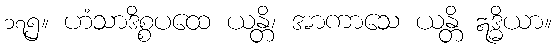
၁၇၅။ ဟံသာဒိစ္စပထေ ယန္တိ၊ အာကာသေ ယန္တိ ဣဒ္ဓိယာ။